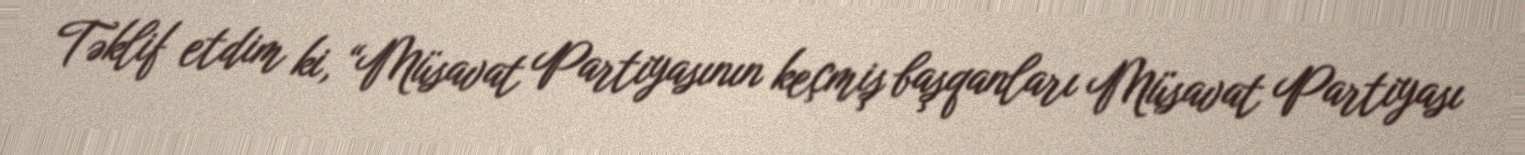
Təklif etdim ki, “Müsavat Partiyasının keçmiş başqanları Müsavat Partiyası